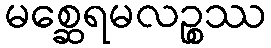
မစ္ဆေရမလဉ္စဿ